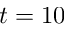
t = 1 0